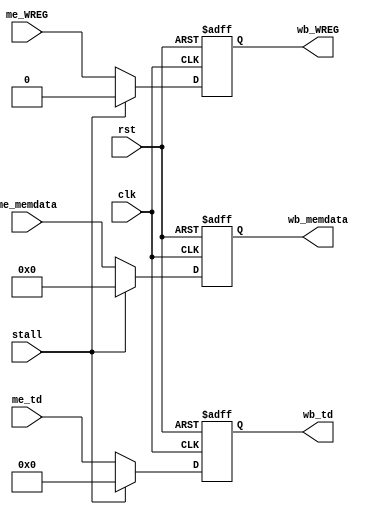
module ME_WB(
	clk,rst,stall,
	me_memdata, me_td, me_WREG,
	wb_memdata, wb_td, wb_WREG
    );
	input clk,rst,stall;
	input wire [31:0] me_memdata;
	input wire [4:0] me_td;
	input wire me_WREG;
	output reg [31:0] wb_memdata;
	output reg [4:0] wb_td;
	output reg wb_WREG;

	always @(posedge clk or posedge rst)
	begin
	if(rst)
	begin
		wb_memdata <= 0;
		wb_td <= 0;
		wb_WREG <= 0;
	end
	else if(stall)
	begin
			wb_memdata <= 0;
			wb_td <= 0;
			wb_WREG <= 0;
	end
	else
	begin
		wb_memdata <= me_memdata;
		wb_td <= me_td;
		wb_WREG <= me_WREG;
	end
	end
	
endmodule